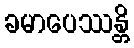
ခမာပေဿန္တိ